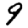
Digit: 9